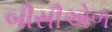
બીસીએળ